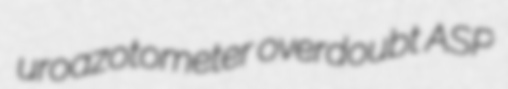
uroazotometer overdoubt ASP